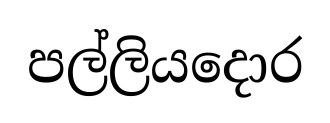
පල්ලියදොර